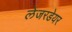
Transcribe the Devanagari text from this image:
लेजरडेयर